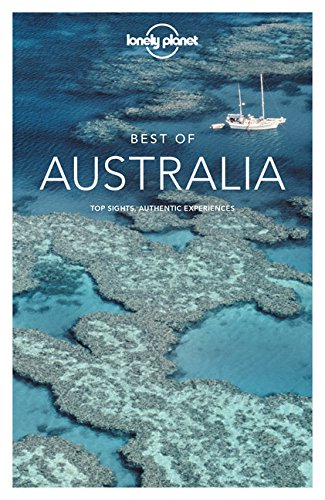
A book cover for Lonely Planet Best of Australia (Travel Guide); Lonely Planet; Sports & Outdoors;